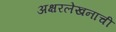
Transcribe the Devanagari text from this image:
अक्षरलेखनाची